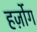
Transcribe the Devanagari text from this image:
हर्ज़ोग